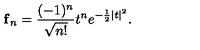
{ \bf f } _ { n } = \frac { ( - 1 ) ^ { n } } { \sqrt { n ! } } t ^ { n } e ^ { - \frac { 1 } { 2 } | t | ^ { 2 } } .